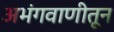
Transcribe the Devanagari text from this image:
अभंगवाणीतून